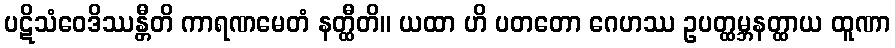
ပဋိသံဝေဒိဿန္တီတိ ကာရဏမေတံ နတ္ထီတိ။ ယထာ ဟိ ပတတော ဂေဟဿ ဥပတ္ထမ္ဘနတ္ထာယ ထူဏာ